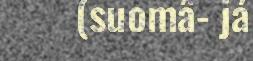
(suomâ- já